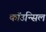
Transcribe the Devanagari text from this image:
कॉउन्सिल